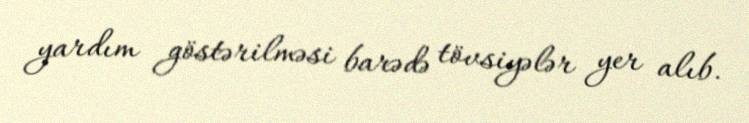
yardım göstərilməsi barədə tövsiyələr yer alıb.